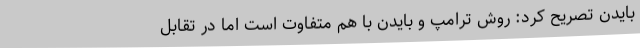
بایدن تصریح کرد: روش ترامپ و بایدن با هم متفاوت است اما در تقابل